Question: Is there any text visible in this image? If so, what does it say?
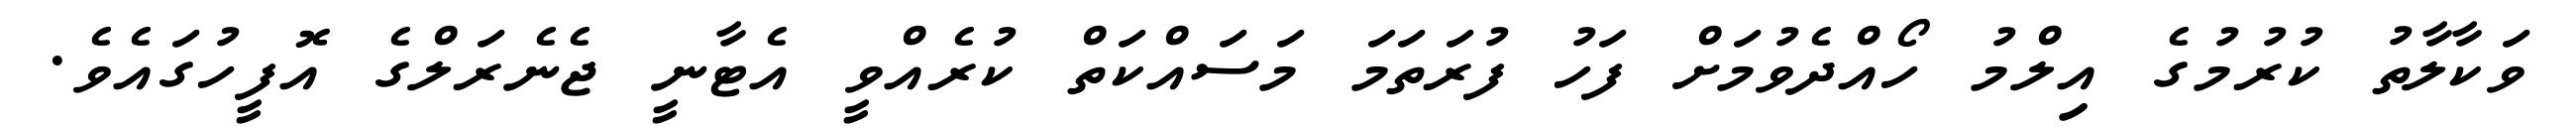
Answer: ވަކާލާތު ކުރުމުގެ އިލްމު ހޯއްދެވުމަށް ފަހު ފުރަތަމަ މަސައްކަތް ކުރެއްވީ އެޓާނީ ޖެނެރަލްގެ އޮފީހުގައެވެ.